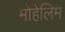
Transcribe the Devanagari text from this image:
मोहेलिम